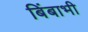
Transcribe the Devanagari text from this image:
बिंबाभी